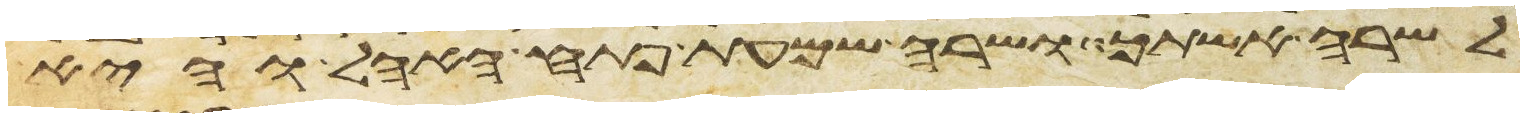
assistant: לשרה אשתך ושרה שמעת פתח האהל והיא